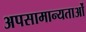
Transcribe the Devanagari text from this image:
अपसामान्यताओं